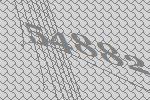
54882